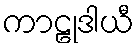
ကာဠုဒါယီ